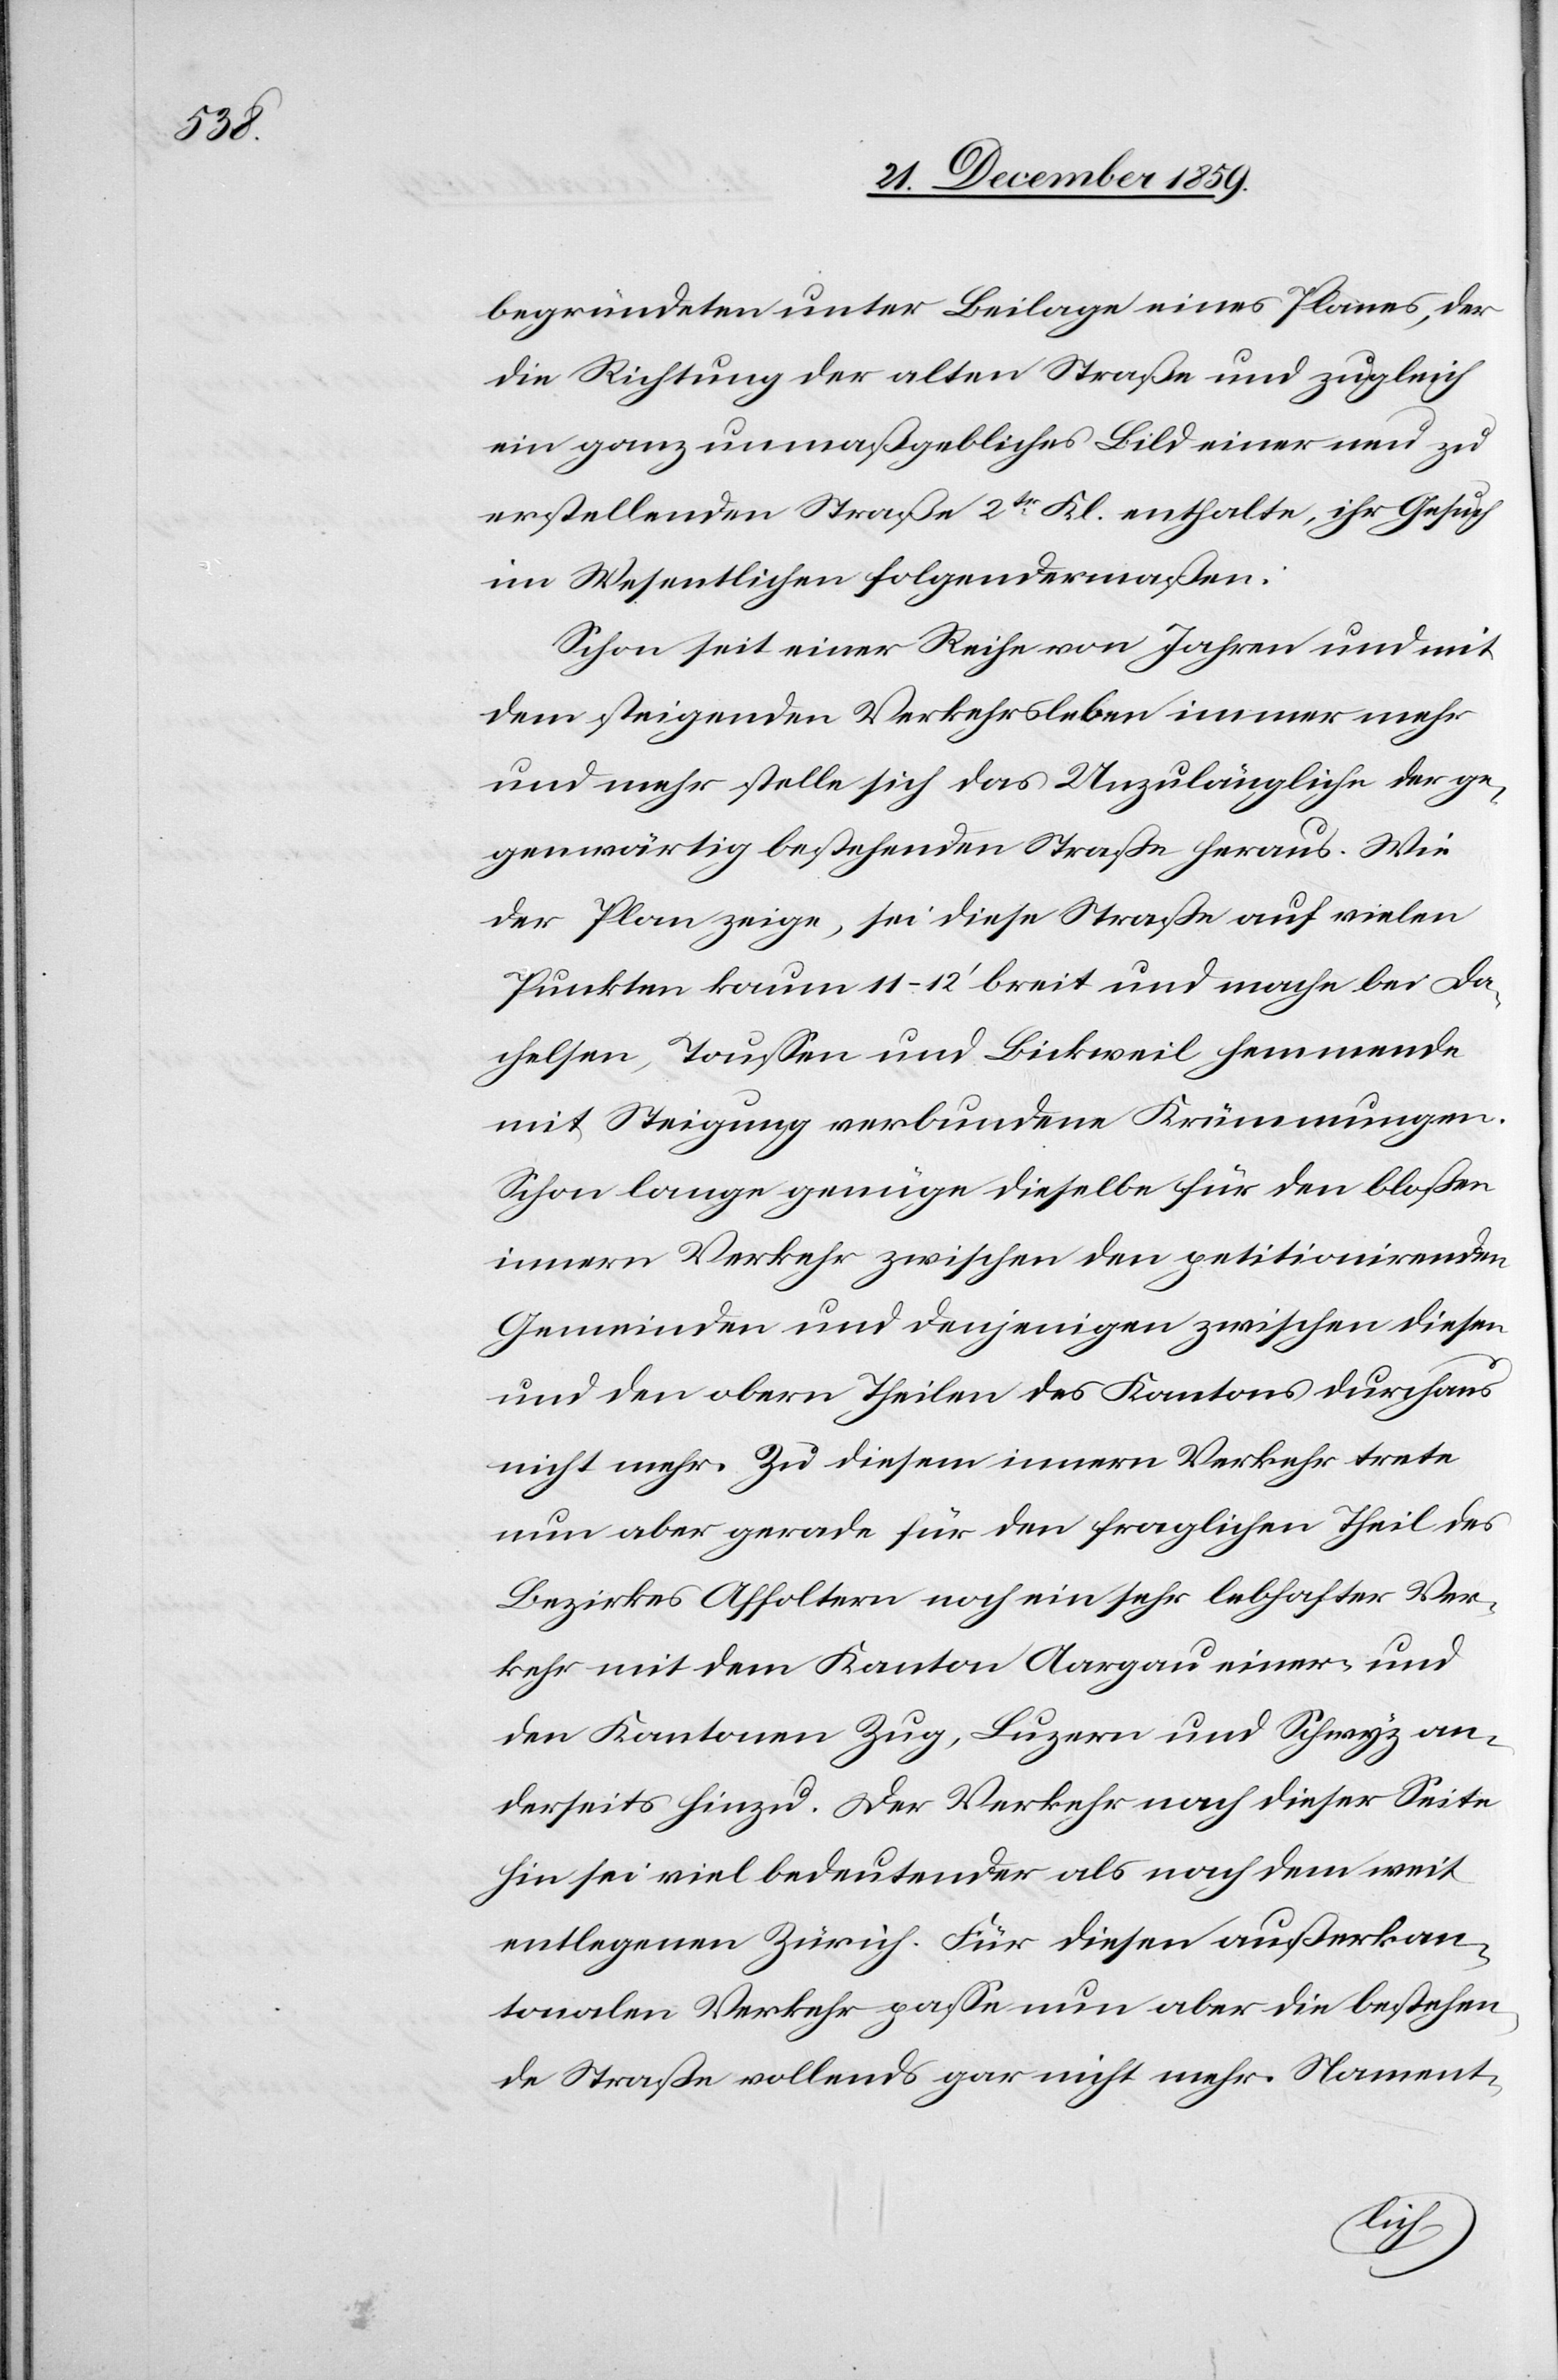
begründeten unter Beilage eines Planes, der
die Richtung der alten Straße und zugleich
ein ganz unmaßgebliches Bild einer neu zu
erstellenden Straße 2tr Kl. enthalten, ihr Gesuch
im Wesentlichen folgendermaßen:
Schon seit einer Reihe von Jahren und mit
dem steigenden Verkehrsleben immer mehr
und mehr stelle sich das Unzulängliche der ge¬
genwärtig bestehenden Straße heraus. Wie
der Plan zeige, sei diese Straße auf vielen
Punkten kaum 11–12’ breit und mache bei Da¬
chelsen, Toussen und Bickweil hemmende
mit Steigung verbundene Krümmungen.
Schon lange genüge diese für den bloßen
innern Verkehr zwischen den petitionirenden
Gemeinden und denjenigen zwischen diesen
und den obern Theilen des Kantones durchaus
nicht mehr. Zu diesem innern Verkehr trete
nun aber gerade für den fraglichen Theil des
Bezirkes Affoltern noch ein sehr lebhafter Ver¬
kehr mit dem Kanton Aargau einer- und
den Kantonen Zug, Luzern und Schwyz an¬
derseits hinzu. Der Verkehr nach dieser Seite
hin sei viel bedeutender als nach dem weit
entlegenen Zürich. Für diesen außerkan¬
tonalen Verkehr passe nun aber die bestehen¬
de Straße vollends gar nicht mehr. Nament-